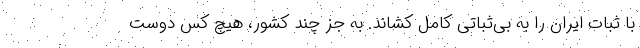
با ثبات ایران را به بی‌ثباتی کامل کشاند. به جز چند کشور، هیچ کس دوست